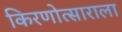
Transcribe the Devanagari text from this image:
किरणोत्साराला